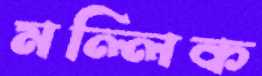
মল্লিক